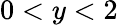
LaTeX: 0<y<2